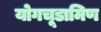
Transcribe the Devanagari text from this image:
योगचूडामिण